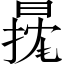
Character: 𱢓